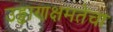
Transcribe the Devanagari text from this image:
उड्डाणक्षमतेचा